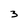
Character: 3